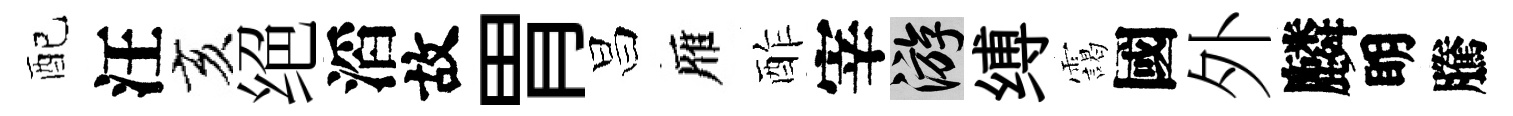
配汪亥绝滔故胃昌雁酢宰游缚靄國外麟眀騰